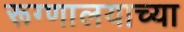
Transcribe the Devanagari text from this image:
रूग्णालयाच्या